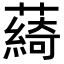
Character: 𦿟